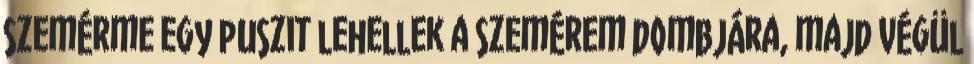
szemérme egy puszit lehellek a szemérem dombjára, majd végül